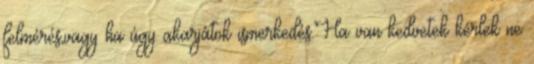
felmérés,vagy ha úgy akarjátok ismerkedés.Ha van kedvetek kérlek ne